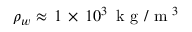
\rho _ { w } \approx \, 1 \, \times \, 1 0 ^ { 3 } \, \mathrm { ~ k ~ g ~ } / \mathrm { ~ m ~ } ^ { 3 }